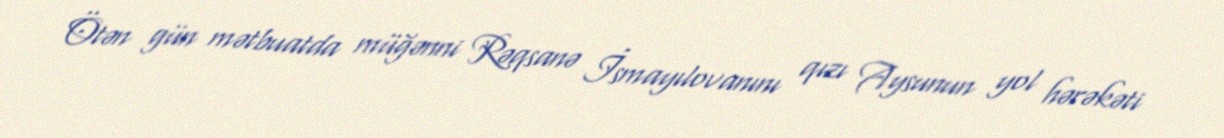
Ötən gün mətbuatda müğənni Rəqsanə İsmayılovanını qızı Aysunun yol hərəkəti